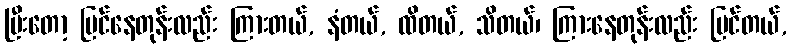
ပြီးတော့ မြင်နေတုန်းလည်း ကြားတယ်, နံတယ်, ထိတယ်, သိတယ်၊ ကြားနေတုန်းလည်း မြင်တယ်,